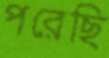
পরেছি